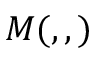
M ( , , )